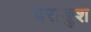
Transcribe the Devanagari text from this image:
पराङ्कुश